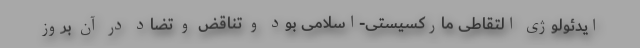
ایدئولوژی التقاطی ماركسیستی-اسلامی بود و تناقض و تضاد در آن بروز